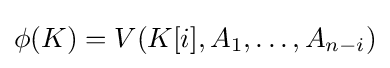
\phi (K)=V(K[i],A_{1},\dots ,A_{n-i})